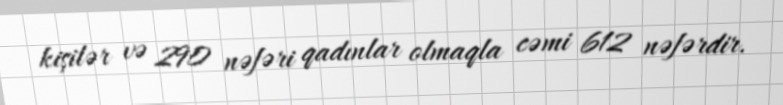
kişilər və 290 nəfəri qadınlar olmaqla cəmi 612 nəfərdir.